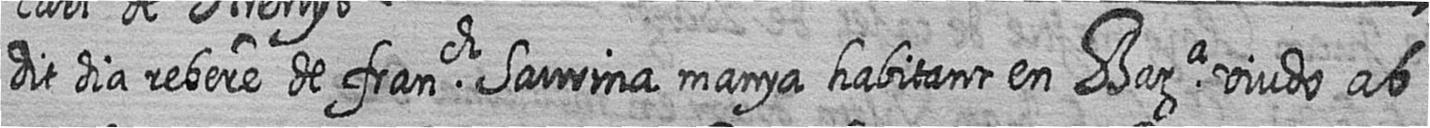
dit dia rebere de franch Saurina manya habitant en Bara viudo ab